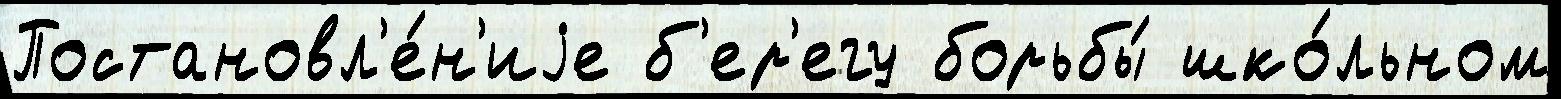
Постановл'е́н'иjе б'ер'егу борьбы́ шко́льном